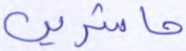
حاشرين